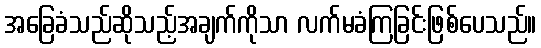
အခြေခံသည်ဆိုသည့်အချက်ကိုသာ လက်မခံကြခြင်းဖြစ်ပေသည်။